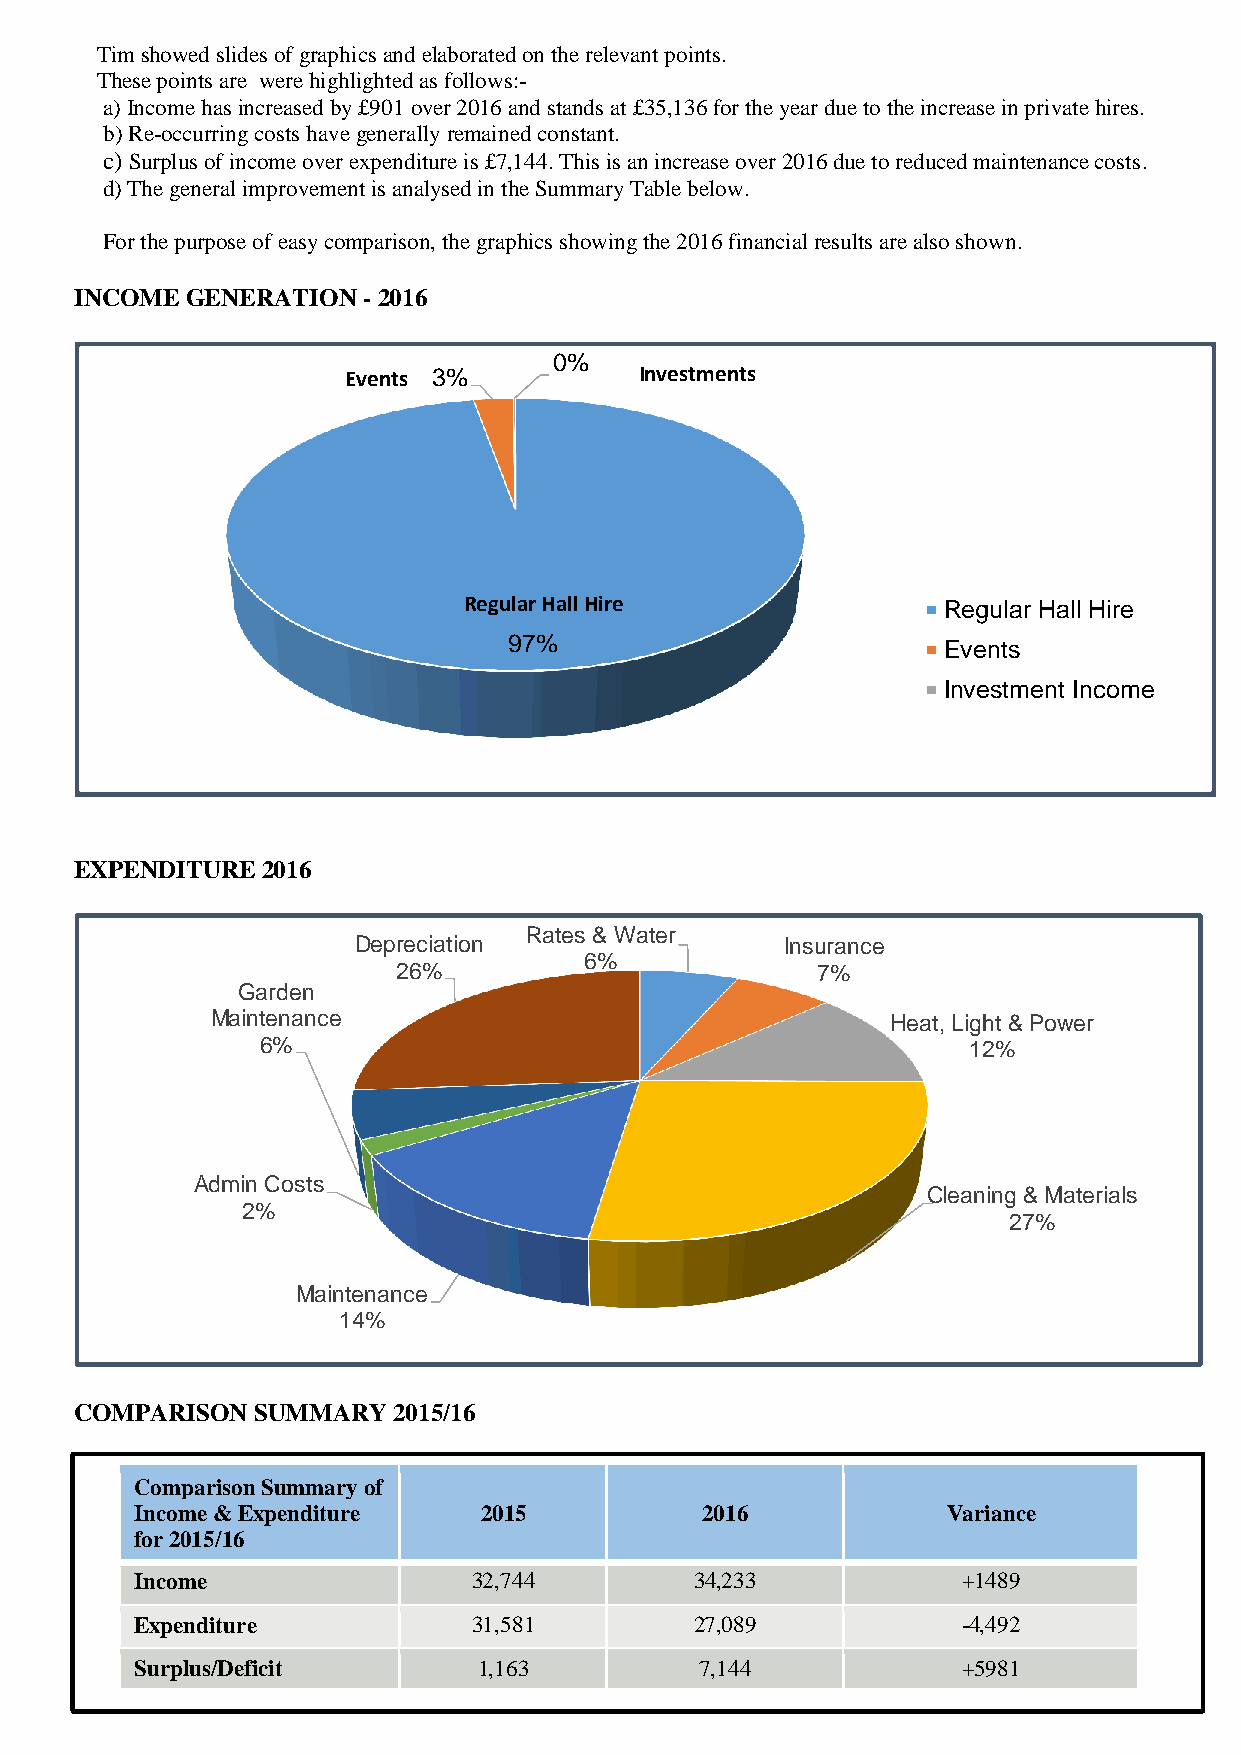
Tim showed slides of graphics and elaborated on the relevant points.
 These points are were highlighted as follows:-
 a) Income has increased by £901 over 2016 and stands at £35,136 for the year due to the increase in private hires.
 b) Re-occurring costs have generally remained constant.
 c) Surplus of income over expenditure is £7,144. This is an increase over 2016 due to reduced maintenance costs.
 d) The general improvement is analysed in the Summary Table below.
 For the purpose of easy comparison, the graphics showing the 2016 financial results are also shown.
 INCOME GENERATION  - 2016
 0%
 Events 3%          Investments
 Regular Hall Hire              Regular Hall Hire
 97%                         Events
 Investment Income
 EXPENDITURE 2016
 Rates & Water
 Depreciation                 Insurance
 6%
 26%                         7%
 Garden
 Maintenance                                  Heat, Light & Power
 6%                                             12%
 Admin Costs
 Cleaning & Materials
 2%
 27%
 Maintenance
 14%
 COMPARISON  SUMMARY  2015/16
 Comparison Summary of
 Income & Expenditure   2015          2016             Variance
 for 2015/16
 Income                32,744         34,233            +1489
 Expenditure           31,581         27,089            -4,492
 Surplus/Deficit        1,163         7,144             +5981